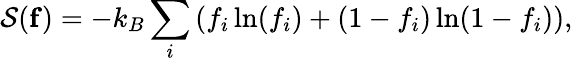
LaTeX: {\displaystyle{\cal S}({\mathbf f})=-k_{B}\sum_{i}\left(f_{i}\ln(f_{i})+(1-f_{i})\ln(1-f_{i})\right),}